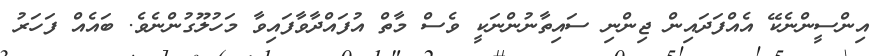
އިންސީންނެކޭ އެއްފަދައިން ޖިންނި ސައިތާނުންނަކީ ވެސް މާތް އުފައްދާވާފައިވާ މަހުލޫގުންނެވެ. ބައެއް ފަހަރު